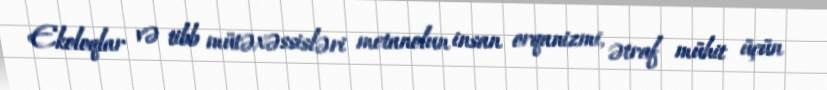
Ekoloqlar və tibb mütəxəssisləri metanolun insan orqanizmi, ətraf mühit üçün